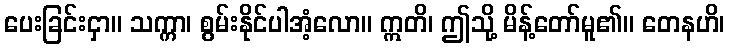
ပေးခြင်းငှာ။ သက္ကာ၊ စွမ်းနိုင်ပါအံ့လော။ ဣတိ၊ ဤသို့ မိန့်တော်မူ၏။ တေနဟိ၊